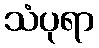
သံပုရာ